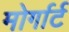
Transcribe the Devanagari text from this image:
मोर्गार्ट